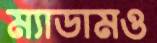
ম্যাডামও